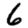
Digit: 6